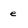
Character: e